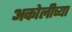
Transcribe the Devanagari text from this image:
अकोलीच्या